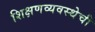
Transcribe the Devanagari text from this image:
शिक्षणव्यवस्थेची